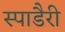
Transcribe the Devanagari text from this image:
स्पाडैरी